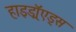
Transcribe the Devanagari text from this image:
हाइड्रॉएड्स